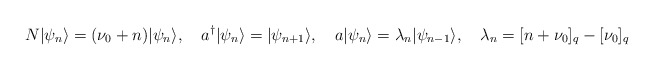
\begin{align*}N|\psi_{n} \rangle =(\nu_0 + n)|\psi_{n}\rangle, \quad a^{\dagger}|\psi_n \rangle =|\psi_{n+1}\rangle, \quad a |\psi_{n}\rangle =\lambda_{n} |\psi_{n-1}\rangle, \quad \lambda_{n} = [n+\nu_0]_q - [\nu_0]_q\end{align*}